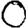
Digit: 0